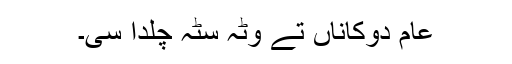
عام دوکاناں تے وٹہ سٹہ چلدا سی۔